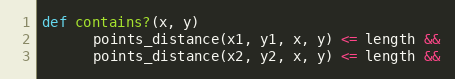
Language: Ruby
def contains?(x, y)
      points_distance(x1, y1, x, y) <= length &&
      points_distance(x2, y2, x, y) <= length &&